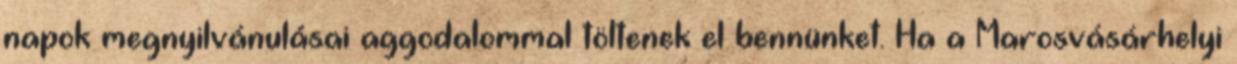
napok megnyilvánulásai aggodalommal töltenek el bennünket. Ha a Marosvásárhelyi